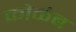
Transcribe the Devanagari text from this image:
कोळंब